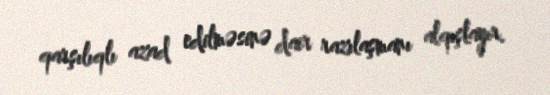
qarşılıqlı azad edilməsinə dair razılaşmanı alqışlayır.